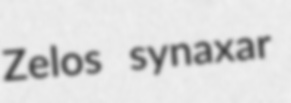
Zelos synaxar